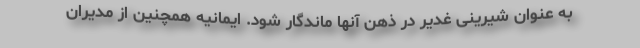
به عنوان شیرینی غدیر در ذهن آنها ماندگار شود. ایمانیه همچنین از مدیران